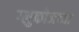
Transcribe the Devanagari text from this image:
ग्लुकोजच्या